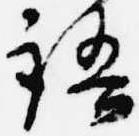
語